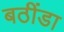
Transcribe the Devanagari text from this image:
बठींडा